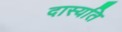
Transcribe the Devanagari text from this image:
दास्यति